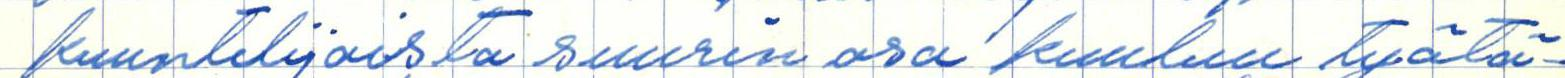
kuuntelijoista suurin osa kuuluu työtä-